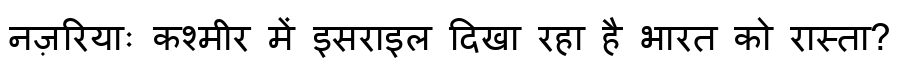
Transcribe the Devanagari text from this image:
नज़रियाः कश्मीर में इसराइल दिखा रहा है भारत को रास्ता?